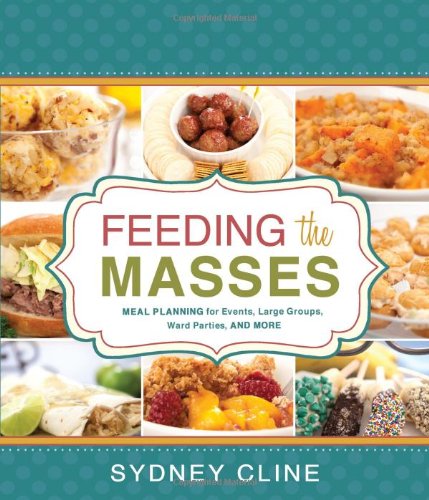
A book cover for Feeding the Masses: Meal Planning for Events, Large Groups, Ward Parties and More; Sydney Cline; Cookbooks, Food & Wine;